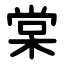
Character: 棠